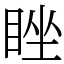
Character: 睉